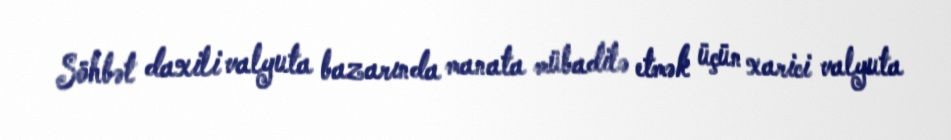
Söhbət daxili valyuta bazarında manata mübadilə etmək üçün xarici valyuta